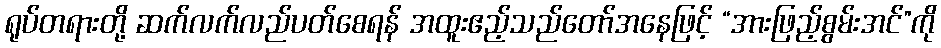
ရုပ်တရားတို့ ဆက်လက်လည်ပတ်စေရန် အထူးဧည့်သည်တော်အနေဖြင့် “အားဖြည့်စွမ်းအင်”ကို